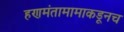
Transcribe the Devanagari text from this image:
हणमंतामामाकडूनच